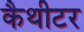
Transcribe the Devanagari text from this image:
कैथीटर